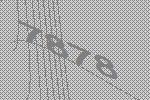
7878